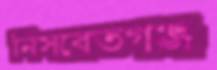
নিসবেতগঞ্জ